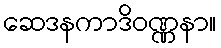
ဆေဒနကာဒိဝဏ္ဏနာ။